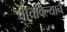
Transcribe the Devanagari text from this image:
वाचविल्याने